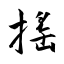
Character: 摇